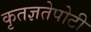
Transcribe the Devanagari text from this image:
कृतज्ञतेपोटी